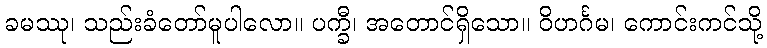
ခမဿု၊ သည်းခံတော်မူပါလော။ ပက္ခီ၊ အတောင်ရှိသော။ ဝိဟင်္ဂမ၊ ကောင်းကင်သို့